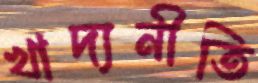
খাদ্যনীতি